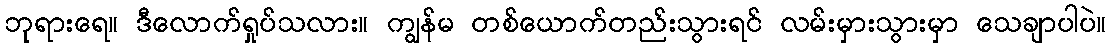
ဘုရားရေ။ ဒီလောက်ရှုပ်သလား။ ကျွန်မ တစ်ယောက်တည်းသွားရင် လမ်းမှားသွားမှာ သေချာပါပဲ။